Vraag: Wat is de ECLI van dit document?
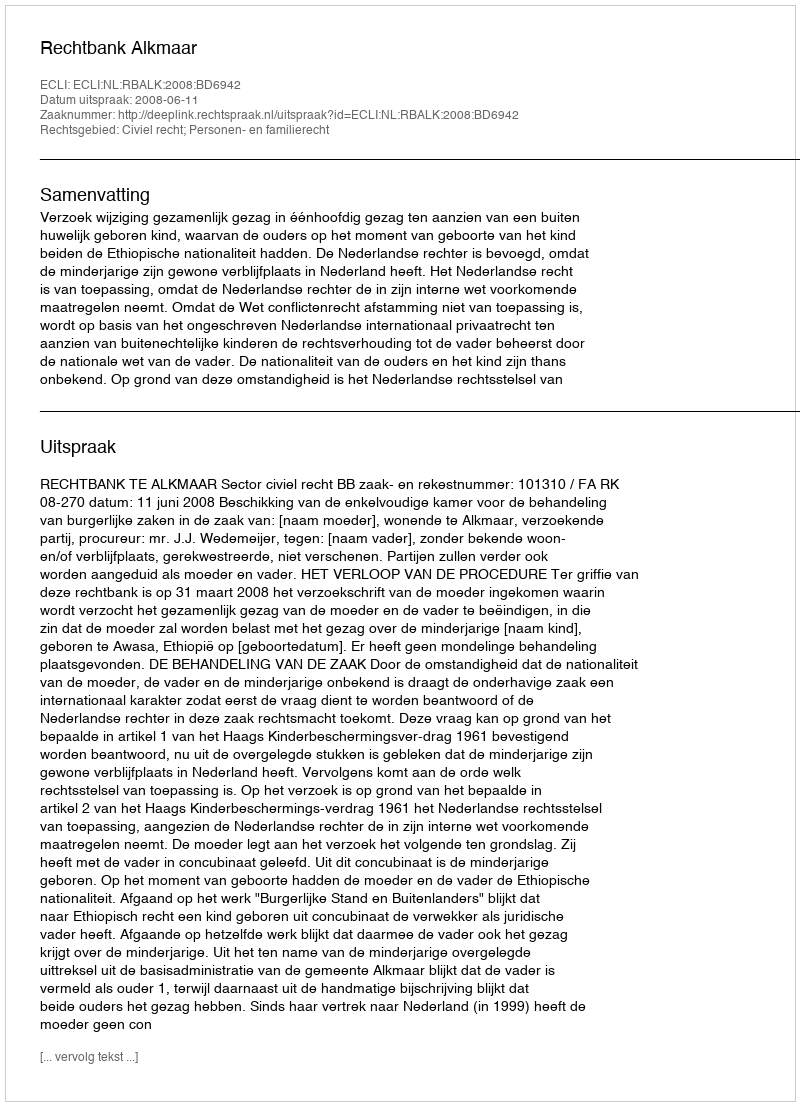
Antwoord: ECLI:NL:RBALK:2008:BD6942